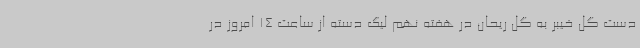
دست گل خیبر به گل ریحان در هفته نهم لیگ دسته از ساعت 14 امروز در